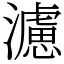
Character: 濾